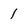
Character: 1